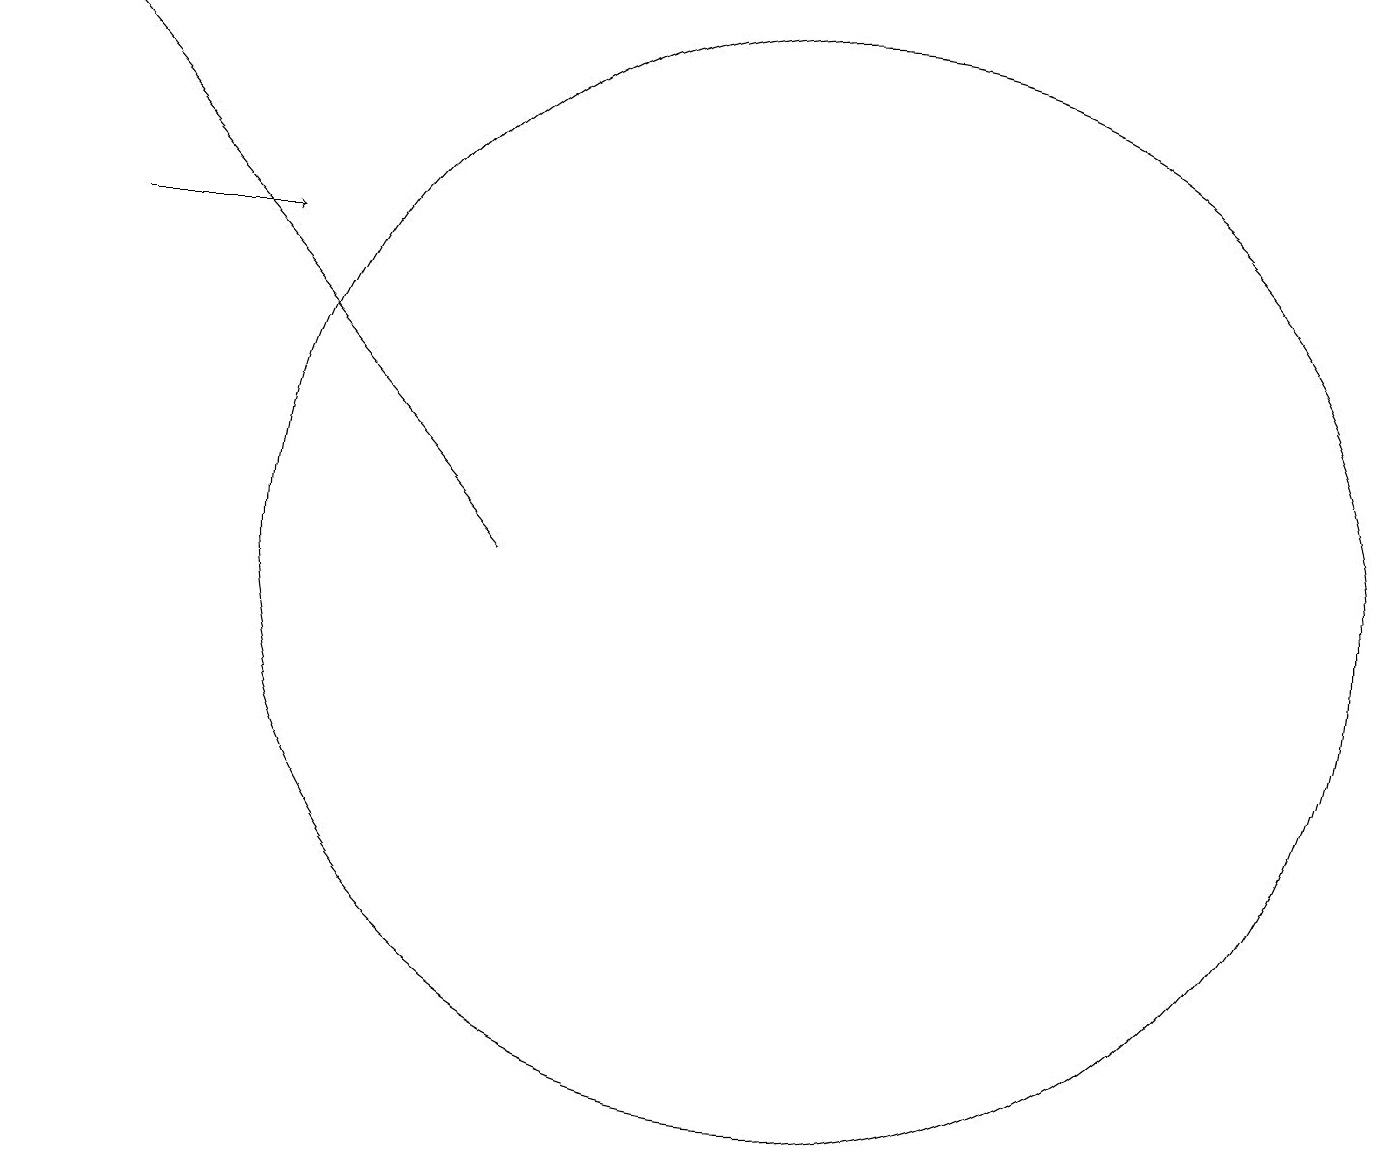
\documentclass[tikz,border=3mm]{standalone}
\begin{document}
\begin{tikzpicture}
\draw[->] (7,11) -- (1,18);
\draw[->] (2,15) -- (4,15);
\draw (11,11) circle (7);
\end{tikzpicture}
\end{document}